Indian journal of veterinary science and animal husbandry - Volume 13,
Year: 1943
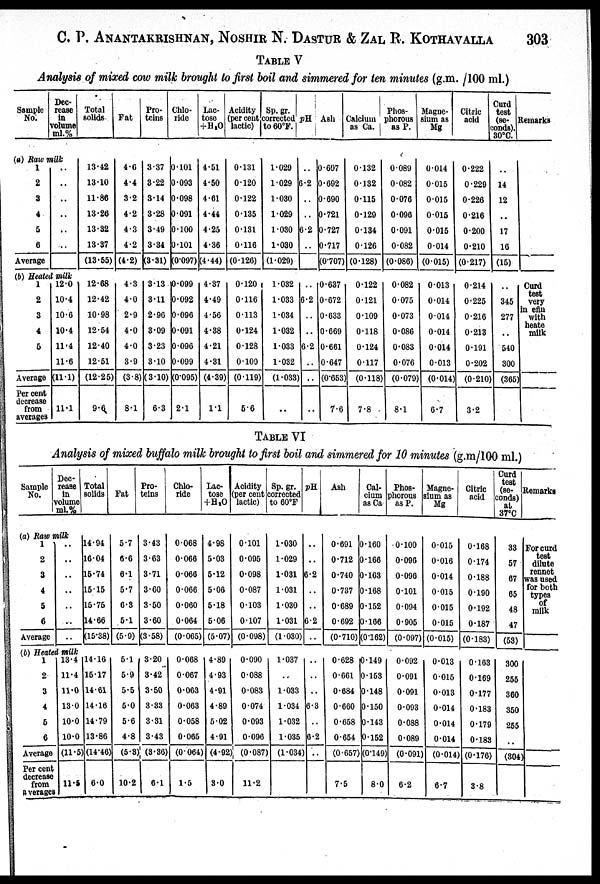
C. P. ANANTAKRISHNAN, NOSHIR N. DASTUR & ZAL R. KOTHAVALLA 303
TABLE V
Analysis of mixed cow milk brought to first boil and simmered for ten minutes (g.m. /100 ml.)
Sample
No:
Dec-
rease
in
volume
ml.%
(a) Raw milk
1
2
3
4
5
6
Average
..
..
..
..
..
..
(b) Heated milk
1
2
3
4
5
Average
Per cent
decrease
from
averages
12.0
10.4
10.6
10.4
11.4
11.6
(11.1)
11.1
Total
solids
13.42
13.10
11.86
13.26
13.32
13.37
(13.55)
12.68
12.42
10.98
12.54
12.40
12.51
(12.25)
9.6
Fat
4.6
4.4
3.2
4.2
4.3
4.2
(4.2)
4.3
4.0
2.9
4.0
4.0
3.9
(3.8)
8.1
Pro-
teins
3.37
3.22
3.14
3.28
3.49
3.34
(3.31)
3.13
3.11
2.96
3.09
3.23
3.10
(3.10)
6.3
Chlo-
ride
0.101
0.093
0.098
0.091
0.100
0.101
(0.097)
0.099
0.092
0.096
0.091
0.096
0.099
(0.095)
2.1
Lac-
tose
+H 2 O
4.51
4.50
4.61
4.44
4.25
4.36
(4.44)
4.37
4.49
4.56
4.38
4.21
4.31
(4.39)
1.1
Acidity
(per cent
lactic)
0.131
0.120
0.122
0.135
0.131
0.116
(0.126)
0.120
0.116
0.113
0.124
0.128
0.109
(0.119)
5.6
Sp.gr.
corrected
to 60ºF.
1.029
1.029
1.030
1.029
1.030
1.030
(1.029)
1.032
1.033
1.034
1.032
1.033
1.032
(1.033)
..
pH
..
6.2
..
..
6.2
..
..
6.2
..
..
6.2
..
..
..
Ash
0.697
0.692
0.690
0.721
0.727
0.717
(0.707)
0.637
0.672
0.633
0.669
0.661
0.647
(0.653
7.6
Calcium
as Ca.
0.132
0.132
0.115
0.129
0.134
0.126
(0.128)
0.122
0.121
0.109
0.118
0.124
0.117
(0.118)
7.8
Phos-
phorous
as P.
0.089
0.082
0.076
0.096
0.091
0.082
(0.086)
0.082
0.075
0.073
0.086
0.083
0.076
(0.079)
8.1
Magne-
sium as
Mg
0.014
0.015
0.015
0.015
0.015
0.014
(0.015)
0.013
0.014
0.014
0.014
0.014
0.013
(0.014)
6.7
Citric
acid
0.222
0.229
0.226
0.216
0.200
0.210
(0.217)
0.214
0.225
0.216
0.213
0.191
0.202
(0.210)
3.2
Curd
test
(se-
conds).
30ºC.
..
14
12
..
17
16
(15)
..
345
277
..
540
300
(365)
Remarks
Curd
test
very
in efin
with
heate
milk
TABLE VI
Analysis of mixed buffalo milk brought to first boil and simmered for 10 minutes (g.m/100 ml.)
Sample
No.
(a) Raw milk
1
2
3
4
5
6
Average
Dec-
rease
in
volume
ml.%
..
..
..
..
..
..
..
(b) Heated milk
1
2
3
4
5
6
Average
Per cent
decrease
from
averages
13.4
11.4
11.0
13.0
10.0
10.0
(11.5)
11.5
Total
solids
14.94
16.04
15.74
15.15
15.75
14.66
(15.38)
14.16
15.17
14.61
14.16
14.79
13.86
(14.46
6.0
Fat
5.7
6.6
6.1
5.7
6.3
5.1
(5.9)
5.1
5.9
5.5
5.0
5.6
4.8
(5.3)
10.2
Pro-
teins
3.43
3.63
3.71
3.60
3.50
3.60
(3.58)
3.20
3.42
3.50
3.33
3.31
3.43
(3.36)
6.1
Chlo-
ride
0.068
0.066
0.066
0.066
0.060
0.064
(0.065)
0.068
0.067
0.063
0.063
0.058
0.065
(0.064)
1.5
Lac-
tose
+H 2 O
4.98
5.03
5.12
5.06
5.18
5.06
(5.07)
4.89
4.93
4.91
4.89
5.02
4.91
(4.92)
3.0
Acidity
(per cent
lactic)
0.101
0.095
0.098
0.087
0.103
0.107
(0.098)
0.090
0.088
0.083
0.074
0.093
0.096
(0.087)
11.2
Sp.gr.
corrected
to 60ºF
1.030
1.029
1.031
1.031
1.030
1.031
(1.030)
1.037
..
1.033
1.034
1.032
1.035
(1.034)
pH
..
..
6.2
..
..
6.2
..
..
..
..
6.3
..
6.2
..
Ash
0.691
0.712
0.740
0.737
0.689
0.692
(0.710)
0.628
0.661
0.684
0.660
0.658
0.654
(0.657)
7.5
Cal-
cium
as Ca
0.160
0.166
0.163
0.168
0.152
0.166
(0.162)
0.149
0.153
0.148
0.150
0.143
0.152
(0.149)
8.0
Phos-
phorous
as P.
0.100
0.096
0.096
0.101
0.094
0.905
(0.097)
0.092
0.091
0.091
0.093
0.088
0.089
(0.091)
6.2
Magne-
sium as
Mg
0.015
0.016
0.014
0.015
0.015
0.015
(0.015)
0.013
0.015
0.013
0.014
0.014
0.014
(0.014)
6.7
Citric
acid
0.168
0.174
0.188
0.190
0.192
0.187
(0.183)
0.163
0.169
0.177
0.183
0.179
0.183
(0.176)
3.8
Curd
test
(se-
-----
at
37ºC
33
57
67
65
48
47
(53)
300
255
360
350
255
..
(304)
Remarks
For curd
test
dilute
rennet
was used
for both
types
of
milk